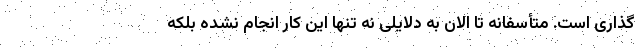
گذاری است. متأسفانه تا الان به دلایلی نه تنها این کار انجام نشده بلکه